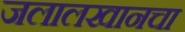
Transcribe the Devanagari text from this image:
जलालखानचा